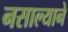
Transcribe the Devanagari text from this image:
नसाल्याने